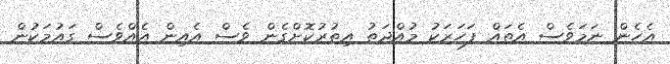
އެހެން ނަމަވެސް އެތައް ފަހަރަކު މުއްދަތު އިތުރުކޮށްގެން ވެސް އެއިން އެއްވެސް ގައުމަކުން